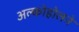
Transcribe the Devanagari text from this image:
अल्कोहोलने